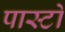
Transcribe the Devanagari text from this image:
पास्टो